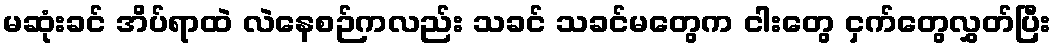
မဆုံးခင် အိပ်ရာထဲ လဲနေစဉ်ကလည်း သခင် သခင်မတွေက ငါးတွေ ငှက်တွေလွှတ်ပြီး